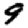
Digit: 9